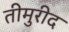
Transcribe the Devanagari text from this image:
तीमुरीद